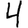
Digit: 4